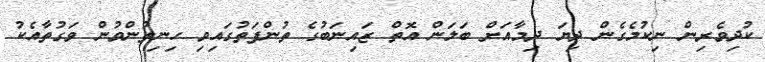
ކުދިވެރިން ނިކުމެގެން ދިޔަ ދިމާއަށް ބަލަން އޮތް ޒައިނަބުގެ ތުންފަތުގައިވި ހިނިތުންވުން ވަގުތާއެކު